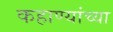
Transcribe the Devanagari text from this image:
कहाण्यांच्या